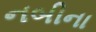
નબીના